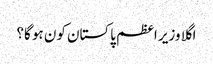
اگلا وزیر اعظم پاکستان کون ہو گا؟